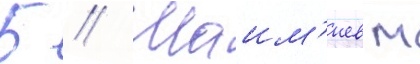
Б // Шаим'иев м